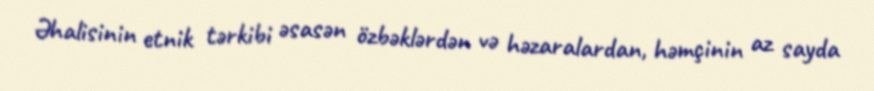
Əhalisinin etnik tərkibi əsasən özbəklərdən və həzaralardan, həmçinin az sayda